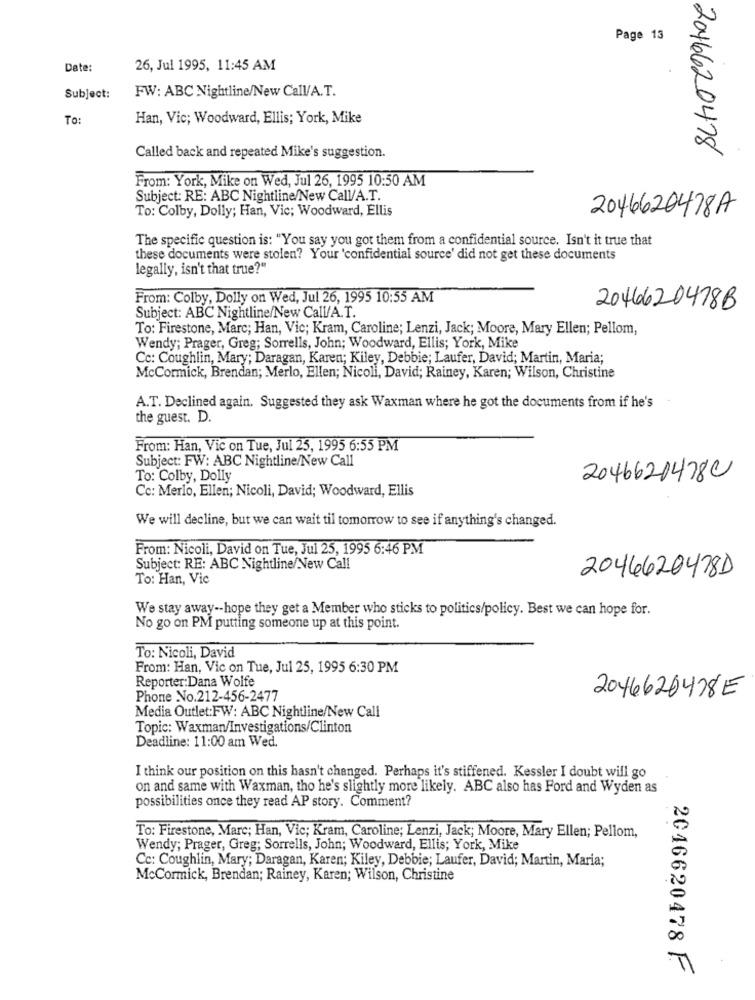
Page 13
Date:
26, Jul 1995, 11:45 AM
FW: ABC Nightline/New Call/A.T.
Subject:
TO:
Han, Vic; Woodward, Ellis; York, Mike
2046620478
Called back and repeated Mike's suggestion.
From: York, Mike on Wed, Jul 26, 1995 10:50 AM
Subject: RE: ABC Nightline/New Call/A.T.
To: Colby, Dolly; Han, Vic; Woodward, Ellis
2046620478A
The specific question is: "You say you got them from a confidential source. Isn't it true that
these documents were stolen? Your 'confidential source' did not get these documents
legally, isn't that true?"
From: Colby, Dolly on Wed, Jul 26, 1995 10:55 AM
2046620478B
Subject: ABC Nightline/New Call/A.T.
To: Firestone, Marc; Han, Vic; Kram, Caroline; Lenzi, Jack; Moore, Mary Ellen; Pellom,
Wendy; Prager, Greg; Sorrells, John; Woodward, Ellis; York, Mike
Cc: Coughlin, Mary; Daragan, Karen; Kiley, Debbie; Laufer, David; Martin, Maria;
McCormick, Brendan; Merlo, Ellen; Nicoli, David; Rainey, Karen; Wilson, Christine
A.T. Declined again. Suggested they ask Waxman where he got the documents from if he's
the guest. D.
From: Han, Vic on Tue, Jul 25, 1995 6:55 PM
Subject: FW: ABC Nightline/New Call
To: Colby, Dolly
2046620478C
Cc: Merlo, Ellen; Nicoli, David; Woodward, Ellis
We will decline, but we can wait til tomorrow to see if anything's changed.
From: Nicoli, David on Tue, Jul 25, 1995 6:46 PM
Subject: RE: ABC Nightline/New Call
To: Han, Vic
2046620478D
We stay away -- hope they get a Member who sticks to politics/policy. Best we can hope for.
No go on PM putting someone up at this point.
To: Nicoli, David
From: Han, Vic on Tue, Jul 25, 1995 6:30 PM
Reporter:Dana Wolfe
Phone No.212-456-2477
2046620478E
Media Outlet:FW: ABC Nightline/New Call
Topic: Waxman/Investigations/Clinton
Deadline: 11:00 am Wed.
I think our position on this hasn't changed. Perhaps it's stiffened. Kessler I doubt will go
on and same with Waxman, tho he's slightly more likely. ABC also has Ford and Wyden as
possibilities once they read AP story. Comment?
To: Firestone, Marc; Han, Vic; Kram, Caroline; Lenzi, Jack; Moore, Mary Ellen; Pellom,
Wendy; Prager, Greg; Sorrells, John; Woodward, Ellis; York, Mike
Cc: Coughlin, Mary; Daragan, Karen; Kiley, Debbie; Laufer, David; Martin, Maria;
McCormick, Brendan; Rainey, Karen; Wilson, Christine
2046620478 F